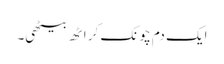
ایک دم چونک کر اٹھ بیٹھی۔